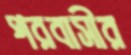
পরবাসীর